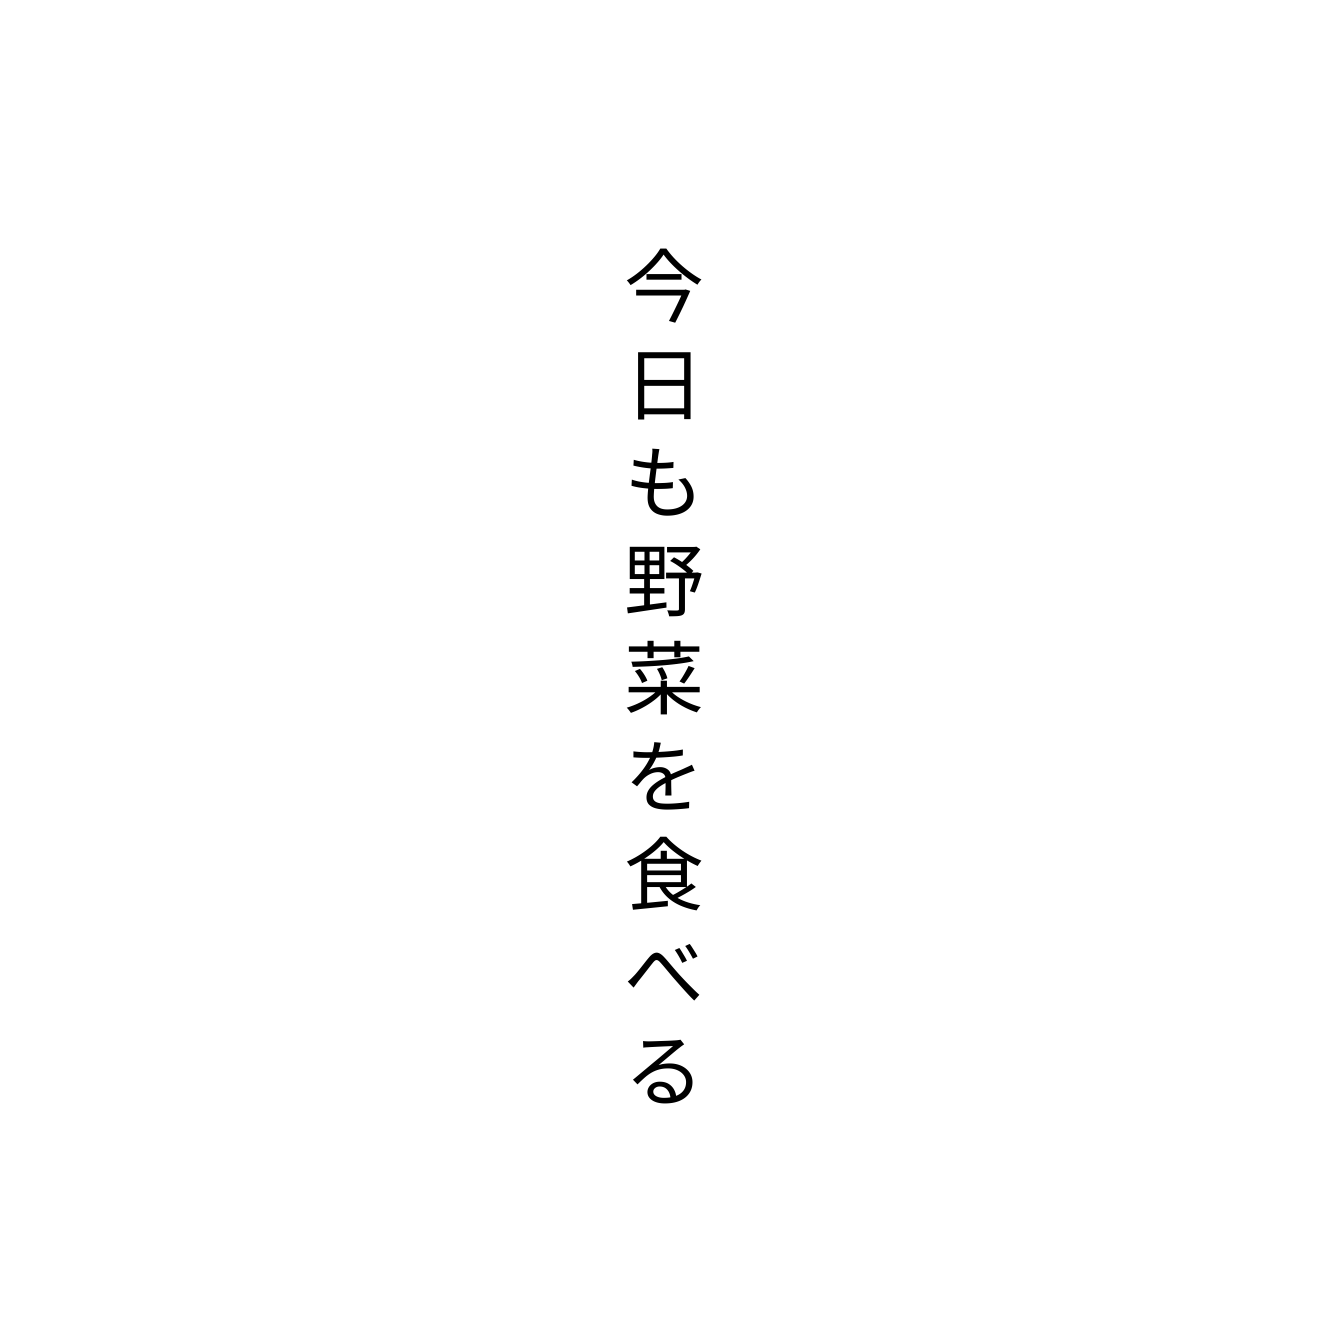
今日も野菜を食べる